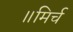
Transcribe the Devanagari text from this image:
॥मिर्च